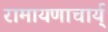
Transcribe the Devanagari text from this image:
रामायणाचार्य्